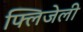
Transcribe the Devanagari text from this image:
फ्लिजेली